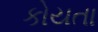
કોયતા